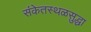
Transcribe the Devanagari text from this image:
संकेतस्थळसुद्धा